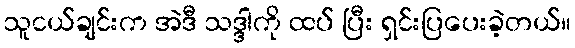
သူငယ်ချင်းက အဲဒီ သဒ္ဒါကို ထပ် ပြီး ရှင်းပြပေးခဲ့တယ်။